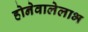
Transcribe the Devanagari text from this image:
होनेवालेलाभ